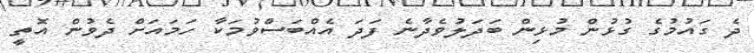
ދެ ގައުމުގެ ގުޅުން މުޅިން ބަދަލުވެދާނެ ފަދަ އެއްބަސްވުމަކާ ހަމައަށް ދެވުން އޮތީ